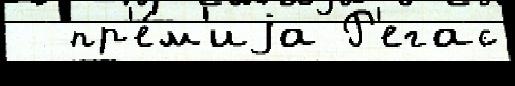
  пр'е́м'иjа Р'егас